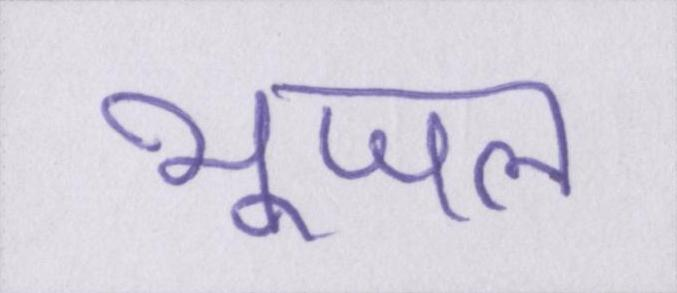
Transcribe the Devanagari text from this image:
भूजल